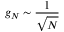
g _ { N } \sim \frac { 1 } { \sqrt { N } }